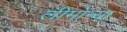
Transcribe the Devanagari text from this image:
लीमोन्या